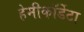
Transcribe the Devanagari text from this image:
हेमीकॉर्डेटा